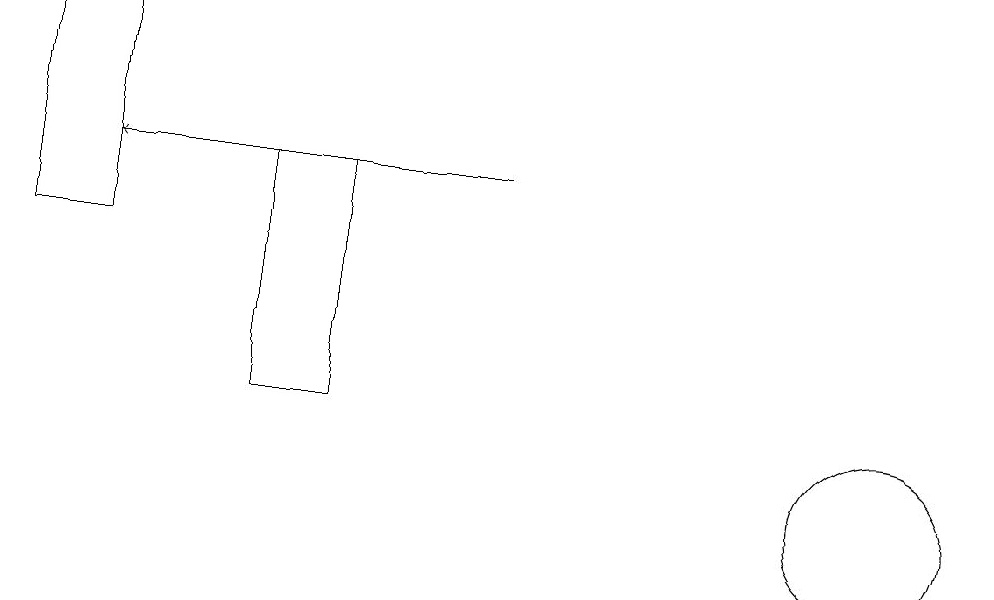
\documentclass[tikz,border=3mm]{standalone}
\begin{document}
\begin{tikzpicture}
\draw[->] (7,14) -- (2,14);
\draw (2,13) rectangle (1,16);
\draw (12,10) circle (1);
\draw (4,11) rectangle (5,14);
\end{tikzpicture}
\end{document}